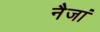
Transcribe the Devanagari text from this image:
नैजां